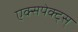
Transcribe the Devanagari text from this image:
एक्सपेक्ट्स्